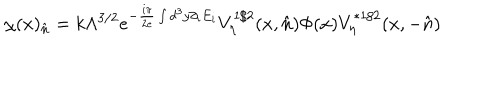
LaTeX: \chi ( x ) _ { \hat { n } } = k \Lambda ^ { 3 / 2 } e ^ { - \frac { i \pi } { 2 e } \int d ^ { 3 } y \partial _ { i } E _ { i } } V _ { \eta } ^ { 1 / 2 } ( x , \hat { n } ) \Phi ( x ) V _ { \eta } ^ { * 1 / 2 } ( x , - \hat { n } )